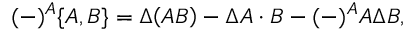
( - ) ^ { A } \{ A , B \} = \Delta \! \left( A B \right) - \Delta A \cdot B - ( - ) ^ { A } A \Delta B ,